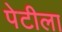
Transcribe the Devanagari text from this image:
पेटीला